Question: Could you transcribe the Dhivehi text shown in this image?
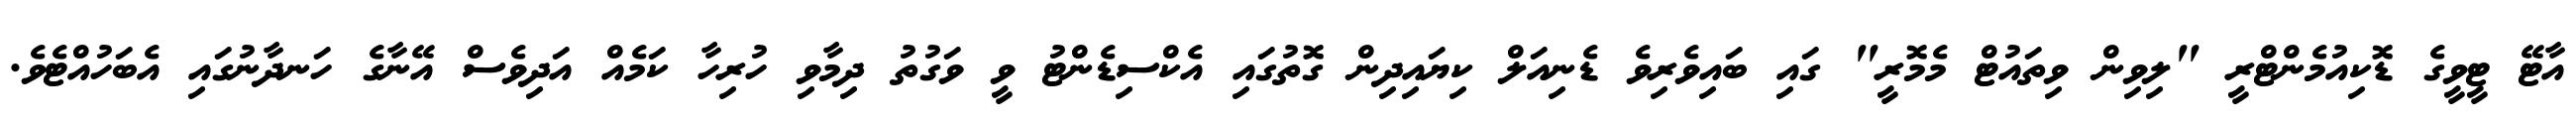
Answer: އާޓޭ ޓީވީގެ ޑޮކިއުމެންޓްރީ "ލިވިން ވިތައުޓް މެމޮރީ" ގައި ބައިވެރިވެ ޑެނިއަލް ކިޔައިދިން ގޮތުގައި އެކްސިޑެންޓު ވީ ވަގުތު ދިމާވި ހުރިހާ ކަމެއް އަދިވެސް އޭނާގެ ހަނދާނުގައި އެބަހުއްޓެވެ.